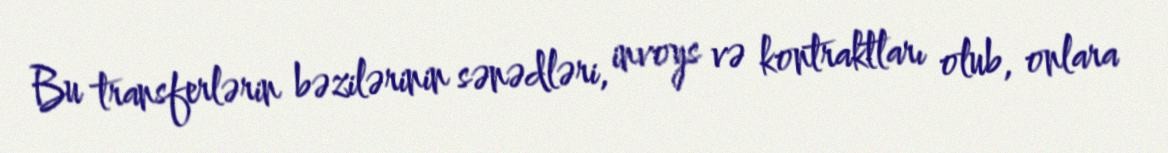
Bu transferlərin bəzilərinin sənədləri, invoys və kontraktları olub, onlara